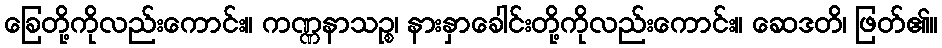
ခြေတို့ကိုလည်းကောင်း။ ကဏ္ဏနာသဉ္စ၊ နားနှာခေါင်းတို့ကိုလည်းကောင်း။ ဆေဒတိ၊ ဖြတ်၏။